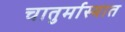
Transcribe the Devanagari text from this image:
चातुर्मास्यात